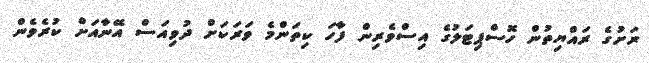
ރަށުގެ ރައްޔިތުން ހޮސްޕިޓަލުގެ އިސްވެރިން ފާހަ ކިތަންމެ ވަރަކަށް ދުވިއަސް އޭނާއަށް ކުރެވެން